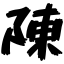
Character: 陳